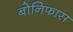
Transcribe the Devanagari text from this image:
बोनिफास